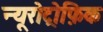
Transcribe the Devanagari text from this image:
न्यूरोट्रोफ़िक